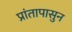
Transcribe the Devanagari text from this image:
प्रांतापासुन